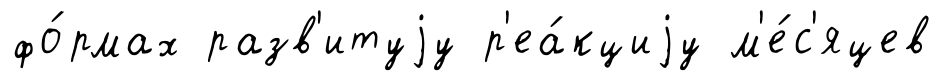
фо́рмах разв'итуjу р'еа́кциjу м'е́с'яцев